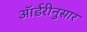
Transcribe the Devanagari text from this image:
ऑर्डरीनुसार